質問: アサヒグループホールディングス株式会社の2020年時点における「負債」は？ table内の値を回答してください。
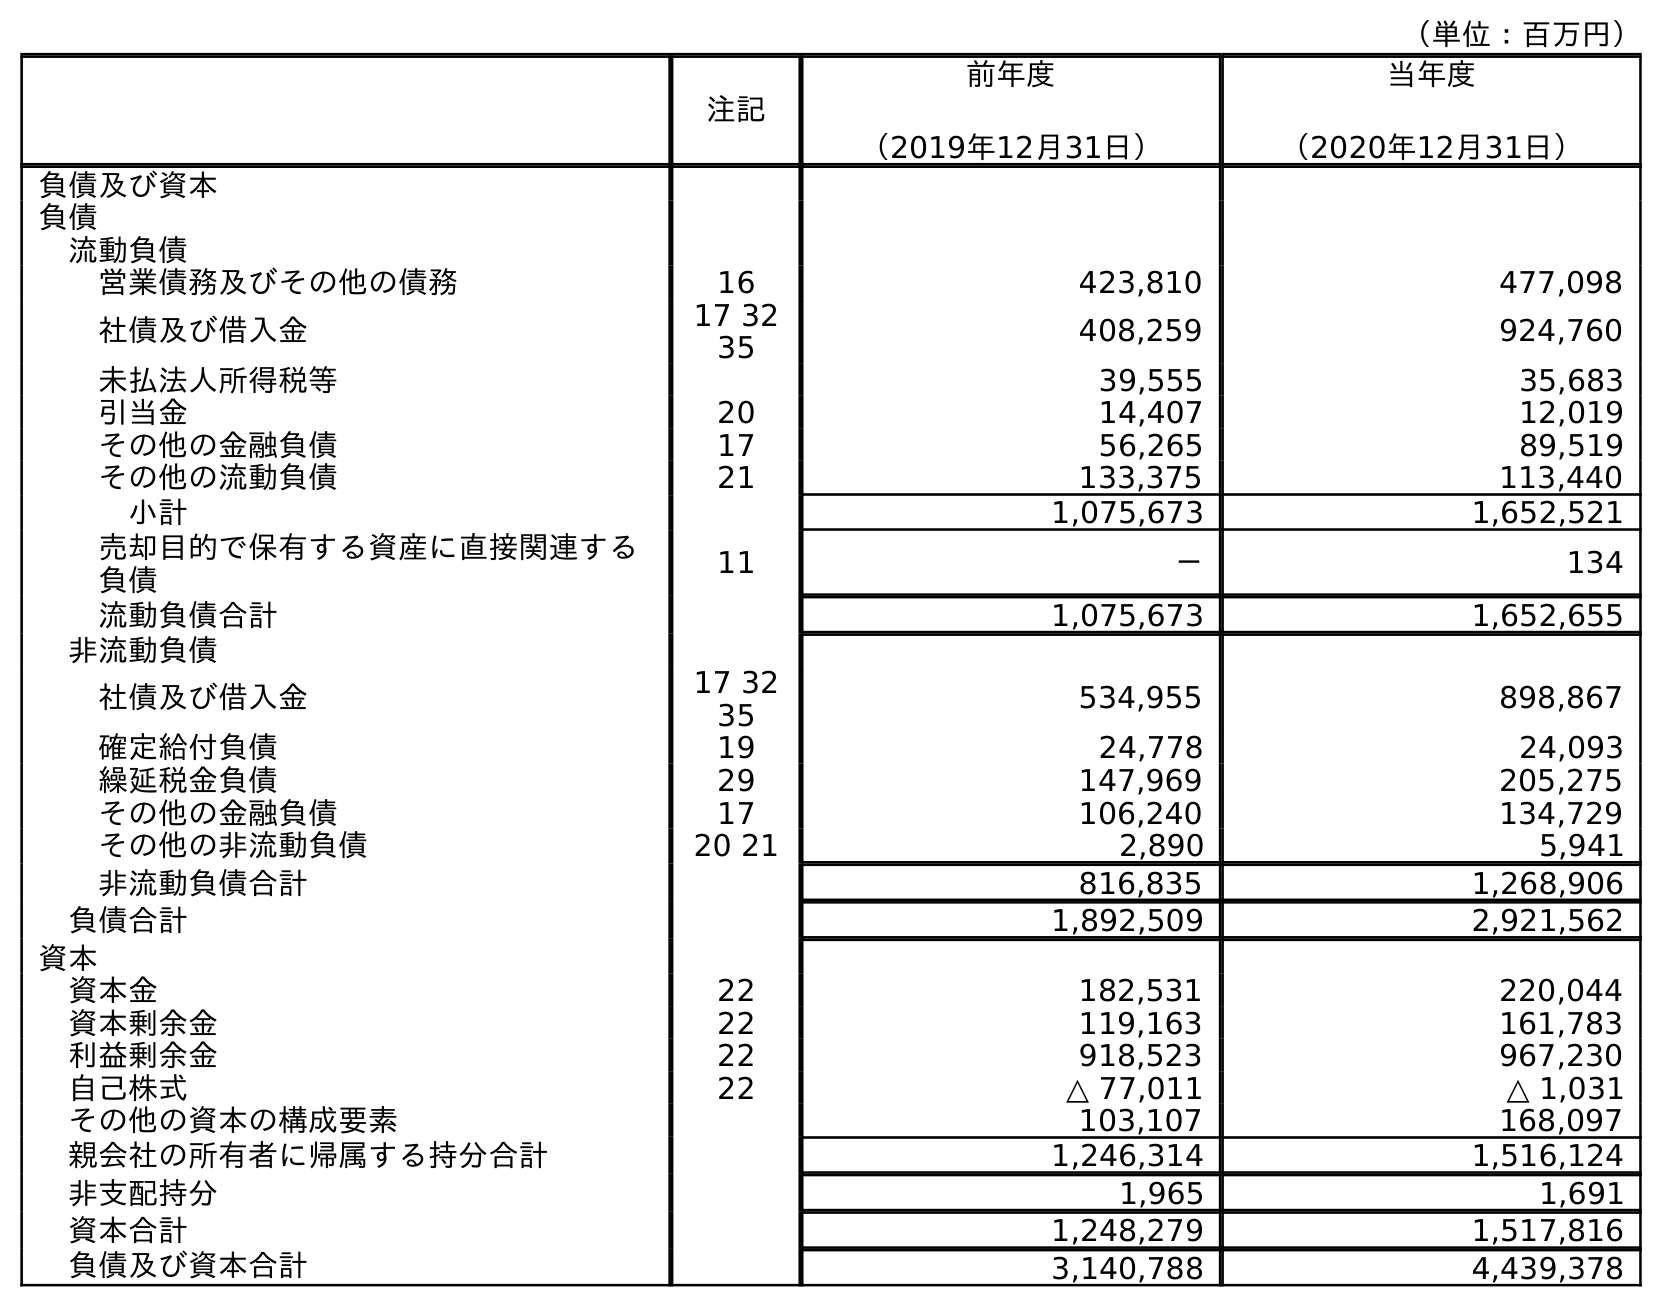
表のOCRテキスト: （単位：百万円） 注記 前年度 （2019年12月31日） 当年度 （2020年12月31日） 負債及び資本 負債 流動負債 営業債務及びその他の債務 16 423,810 477,098 社債及び借入金 17 32 35 408,259 924,760 未払法人所得税等 39,555 35,683 引当金 20 14,407 12,019 その他の金融負債 17 56,265 89,519 その他の流動負債 21 133,375 113,440 小計 1,075,673 1,652,521 売却目的で保有する資産に直接関連する 負債 11 － 134 流動負債合計 1,075,673 1,652,655 非流動負債 社債及び借入金 17 32 35 534,955 898,867 確定給付負債 19 24,778 24,093 繰延税金負債 29 147,969 205,275 その他の金融負債 17 106,240 134,729 その他の非流動負債 20 21 2,890 5,941 非流動負債合計 816,835 1,268,906 負債合計 1,892,509 2,921,562 資本 資本金 22 182,531 220,044 資本剰余金 22 119,163 161,783 利益剰余金 22 918,523 967,230 自己株式 22 △ 77,011 △ 1,031 その他の資本の構成要素 103,107 168,097 親会社の所有者に帰属する持分合計 1,246,314 1,516,124 非支配持分 1,965 1,691 資本合計 1,248,279 1,517,816 負債及び資本合計 3,140,788 4,439,378
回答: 2,921,562